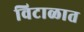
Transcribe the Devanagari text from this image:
विटाळात